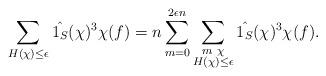
LaTeX: \begin{align*} \sum_{H(\chi)\leq \epsilon} \hat{1_S}(\chi)^3 \chi(f) = n \sum_{m=0}^{2\epsilon n} \sum_{\substack{m~\chi\\H(\chi)\leq \epsilon}} \hat{1_S}(\chi)^3 \chi(f).\end{align*}